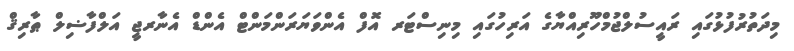
މިދަތުރުފުޅުގައި ރައީސުލްޖުމްހޫރިއްޔާގެ އަރިހުގައި މިނިސްޓަރ އޮފް އެންވަޔަރަންމަންޓް އެންޑް އެނާރޖީ އަލްފާޟިލް ޠާރިޤް